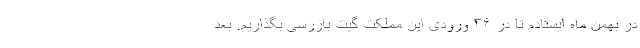
در بهمن ماه ایستادم تا در ۳۶ ورودی این مملکت گیت بازرسی بگذاریم. بعد